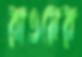
রাওয়ের